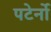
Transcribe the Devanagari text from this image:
पटेर्नो